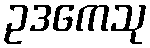
ဥဒကေသု